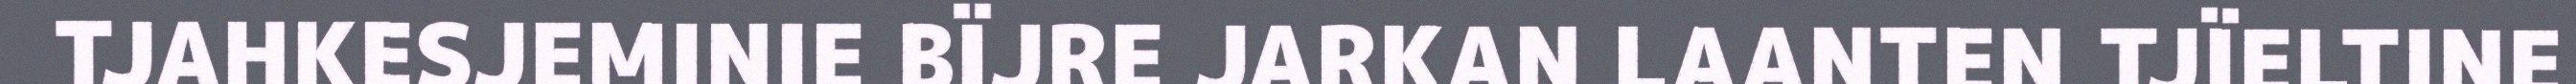
TJAHKESJEMINIE BÏJRE JARKAN LAANTEN TJÏELTINE